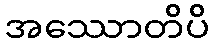
အဿောတိပိ